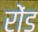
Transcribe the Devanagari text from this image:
रोंड